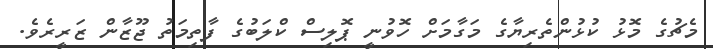
މެޗުގެ މޮޅު ކުޅުންތެރިޔާގެ މަގާމަށް ހޮވުނީ ޕޮލިސް ކްލަބުގެ ފާތިމަތު ޖޫޒާން ޒަރީރެވެ.